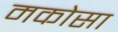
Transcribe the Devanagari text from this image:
मकोसा